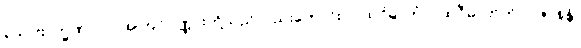
ယေ ဗြာဟ္မဏာ ဝါ၊ အကြင်ပုဏ္ဏားတို့သည်လည်းကောင်း။ ပထဝိဓာတုံ၊ ပထဝီဓာတ်ကို။ ပဇာနန္တိ၊